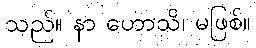
သည်။ နာ ဟောသိ၊ မဖြစ်။